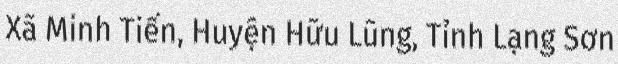
Xã Minh Tiến, Huyện Hữu Lũng, Tỉnh Lạng Sơn